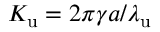
{ K _ { \mathrm { u } } } = 2 \pi \gamma a / { \lambda _ { \mathrm { u } } }